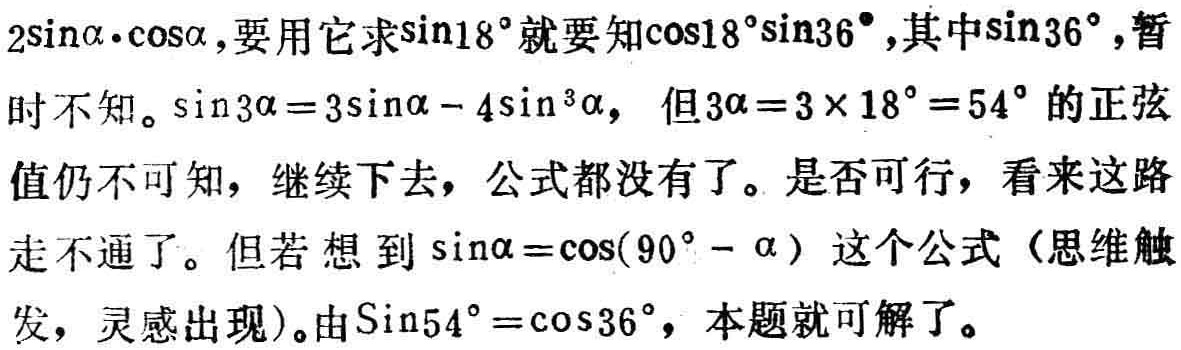
$2\sin\alpha\cdot\cos\alpha ，要用它求\sin18^{\circ}就要知\cos18^{\circ}\sin36^{\circ}，其中\sin36^{\circ}，暂时不知。\sin3\alpha = 3\sin\alpha - 4\sin^{3}\alpha ，但3\alpha = 3\times18^{\circ}=54^{\circ}的正弦值仍不可知，继续下去，公式都没有了。是否可行，看来这路走不通了。但若想到\sin\alpha=\cos(90^{\circ}-\alpha)这个公式（思维触发，灵感出现）。由\sin54^{\circ}=\cos36^{\circ}，本题就可解了。$